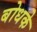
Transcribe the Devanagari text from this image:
बोधके